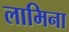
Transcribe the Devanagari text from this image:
लामिना